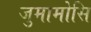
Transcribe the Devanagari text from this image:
जुमामोसि